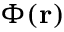
\Phi ( \mathbf { r } )